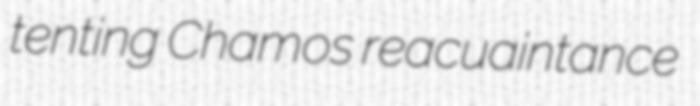
tenting Chamos reacuaintance